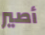
أصير